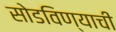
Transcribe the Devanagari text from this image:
सोडविण्याची